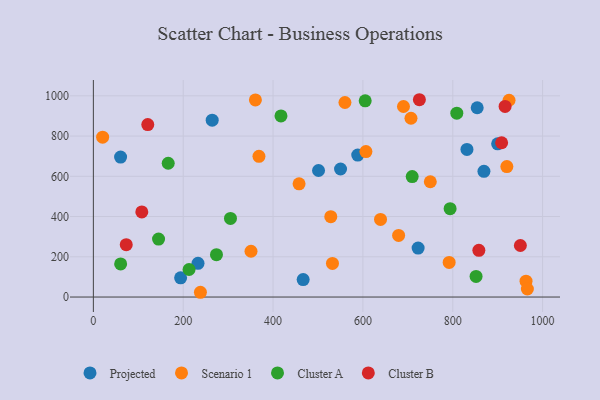
{"axis": {"x": "Study Hours", "y": "Exam Score"}, "legend": ["Cluster A", "Cluster B", "Projected", "Scenario 1"], "data": [{"x": "588.5", "y": 705.6, "type": "Projected"}, {"x": "831.6", "y": 733.5, "type": "Projected"}, {"x": "467.0", "y": 86.7, "type": "Projected"}, {"x": "899.9", "y": 761.3, "type": "Projected"}, {"x": "60.6", "y": 695.9, "type": "Projected"}, {"x": "854.4", "y": 940.9, "type": "Projected"}, {"x": "232.9", "y": 167.8, "type": "Projected"}, {"x": "194.2", "y": 95.3, "type": "Projected"}, {"x": "501.2", "y": 629.0, "type": "Projected"}, {"x": "869.4", "y": 625.0, "type": "Projected"}, {"x": "722.9", "y": 243.3, "type": "Projected"}, {"x": "264.5", "y": 879.3, "type": "Projected"}, {"x": "550.2", "y": 636.3, "type": "Projected"}, {"x": "238.3", "y": 23.7, "type": "Scenario 1"}, {"x": "350.9", "y": 227.5, "type": "Scenario 1"}, {"x": "750.0", "y": 573.0, "type": "Scenario 1"}, {"x": "606.7", "y": 723.0, "type": "Scenario 1"}, {"x": "528.5", "y": 399.4, "type": "Scenario 1"}, {"x": "925.3", "y": 978.1, "type": "Scenario 1"}, {"x": "963.1", "y": 79.0, "type": "Scenario 1"}, {"x": "690.3", "y": 947.0, "type": "Scenario 1"}, {"x": "560.0", "y": 967.0, "type": "Scenario 1"}, {"x": "368.6", "y": 699.6, "type": "Scenario 1"}, {"x": "920.4", "y": 648.2, "type": "Scenario 1"}, {"x": "457.9", "y": 562.8, "type": "Scenario 1"}, {"x": "360.7", "y": 979.5, "type": "Scenario 1"}, {"x": "639.2", "y": 385.6, "type": "Scenario 1"}, {"x": "966.1", "y": 39.9, "type": "Scenario 1"}, {"x": "532.2", "y": 167.3, "type": "Scenario 1"}, {"x": "20.6", "y": 794.5, "type": "Scenario 1"}, {"x": "792.0", "y": 171.9, "type": "Scenario 1"}, {"x": "707.0", "y": 888.6, "type": "Scenario 1"}, {"x": "679.5", "y": 306.5, "type": "Scenario 1"}, {"x": "417.6", "y": 900.3, "type": "Cluster A"}, {"x": "305.2", "y": 390.6, "type": "Cluster A"}, {"x": "851.9", "y": 102.7, "type": "Cluster A"}, {"x": "809.0", "y": 913.8, "type": "Cluster A"}, {"x": "166.6", "y": 664.9, "type": "Cluster A"}, {"x": "274.0", "y": 210.8, "type": "Cluster A"}, {"x": "145.1", "y": 288.0, "type": "Cluster A"}, {"x": "213.0", "y": 136.8, "type": "Cluster A"}, {"x": "794.1", "y": 439.2, "type": "Cluster A"}, {"x": "60.7", "y": 164.6, "type": "Cluster A"}, {"x": "709.7", "y": 598.8, "type": "Cluster A"}, {"x": "605.1", "y": 975.1, "type": "Cluster A"}, {"x": "725.7", "y": 980.7, "type": "Cluster B"}, {"x": "73.2", "y": 260.2, "type": "Cluster B"}, {"x": "950.5", "y": 256.1, "type": "Cluster B"}, {"x": "121.1", "y": 857.4, "type": "Cluster B"}, {"x": "107.8", "y": 423.1, "type": "Cluster B"}, {"x": "908.8", "y": 766.9, "type": "Cluster B"}, {"x": "858.1", "y": 232.4, "type": "Cluster B"}, {"x": "916.5", "y": 947.6, "type": "Cluster B"}]}